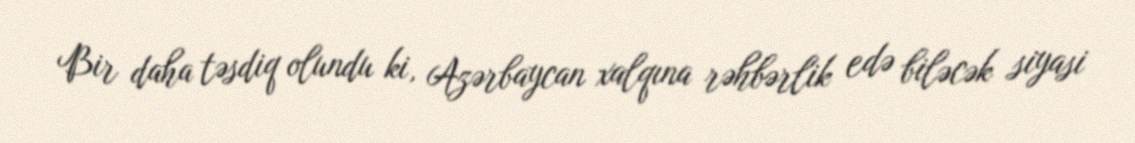
Bir daha təsdiq olundu ki, Azərbaycan xalqına rəhbərlik edə biləcək siyasi